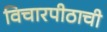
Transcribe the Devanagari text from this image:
विचारपीठाची